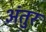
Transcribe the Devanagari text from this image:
अंतुर